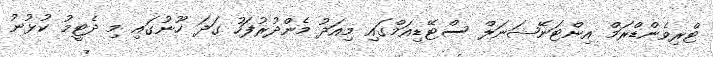
ޓްރިވެންޑްރަމް އިންޓަނޭޝަނަލް ސްޓޭޑިއަމްގައި މިއަދު މެންދުރުފަހު ގަދަ ހޫނުގައި މި ދެޓީމު ކުޅުނު